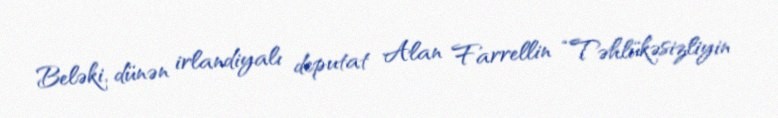
Beləki, dünən irlandiyalı deputat Alan Farrellin “Təhlükəsizliyin